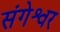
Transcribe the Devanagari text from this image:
संगेश्वर